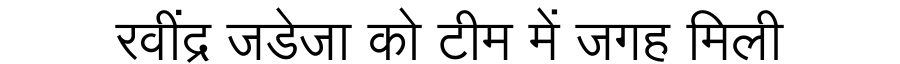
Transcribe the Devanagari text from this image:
रवींद्र जडेजा को टीम में जगह मिली